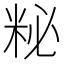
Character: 𥹅